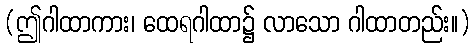
(ဤဂါထာကား၊ ထေရဂါထာ၌ လာသော ဂါထာတည်း။)